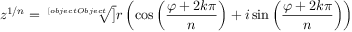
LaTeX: z ^ { 1 / n } = { \sqrt [ [object Object] ] { r } } \left( \cos \left( { \frac { \varphi + 2 k \pi } { n } } \right) + i \sin \left( { \frac { \varphi + 2 k \pi } { n } } \right) \right)